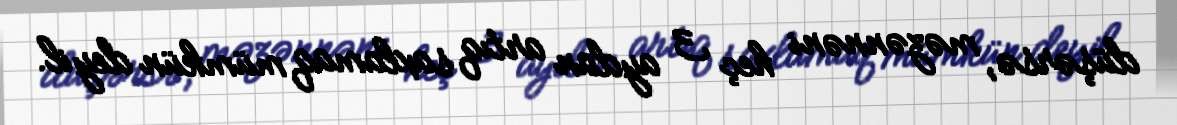
düşərsə, məzənnəni heç 3 aydan artıq saxlamaq mümkün deyil.